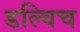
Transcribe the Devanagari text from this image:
डल्विच